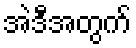
အဲဒီအတွက်